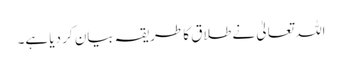
اللہ تعالیٰ نے طلاق کا طریقہ بیان کر دیا ہے۔